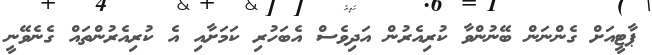
ޕާޓީއަށް ގެންނަން ބޭނުންވާ ކުރިއެރުން އަދިވެސް އެބަހުރި ކަމަށާއި އެ ކުރިއެރުންތައް ގެނެވޭނީ